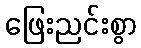
ဖြေးညင်းစွာ